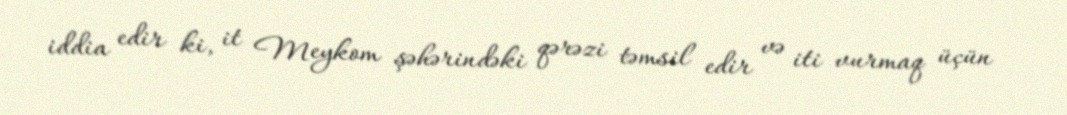
iddia edir ki, it Meykom şəhərindəki qərəzi təmsil edir və iti vurmaq üçün